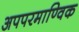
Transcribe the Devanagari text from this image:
अपपरमाण्विक